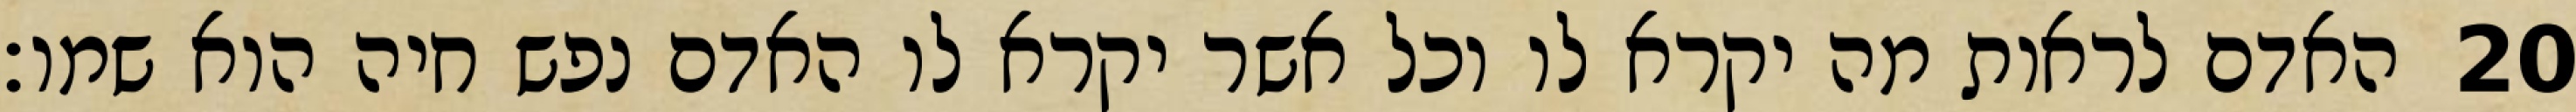
האדם לראות מה יקרא לו וכל אשר יקרא לו האדם נפש חיה הוא שמו׃ ‎20‏